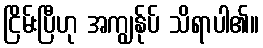
ငြိမ်းပြီဟု အကျွန်ုပ် သိရာပါ၏။